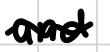
Text: and
Cross-out: wave
Writing tool: digital_black